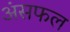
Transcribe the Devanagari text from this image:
अंसफल